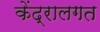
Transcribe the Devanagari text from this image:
केंद्रालगत